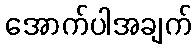
အောက်ပါအချက်